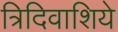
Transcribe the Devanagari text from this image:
त्रिदिवाशिये